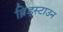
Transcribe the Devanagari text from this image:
ब्रिड्स्टाउन